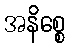
အနိစ္စေ